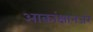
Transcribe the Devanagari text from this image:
आकांक्षानजरे